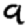
Digit: 9